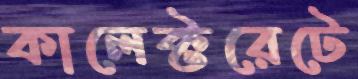
কালেক্টরেটে